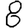
Digit: 8